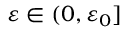
\ensuremath { \varepsilon } \in ( 0 , \ensuremath { \varepsilon } _ { 0 } ]